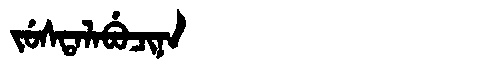
Manchu: ᠵᡠᠰᡨᠠᠯᠠᠪᡠᠴᡳᠨᠠ
Romanization: JUSTALABUCINA